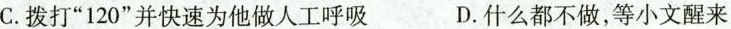
C.拨打”120”并快速为他做人工呼吸 D.什么都不做，等小文醒来